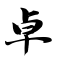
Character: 卓